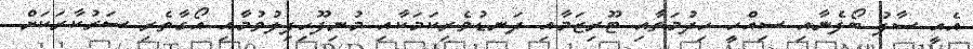
އެއީ ސާފު ބޯފެނާއި ސިއްހީ ހިދުމަތާއި ޓޫރިޒަމާއި ދަނޑުވެރިކަމަކާއި މުނިފޫހިފިލުވުމާއި އޯގާތެރި ސަރުކާރަކަށް